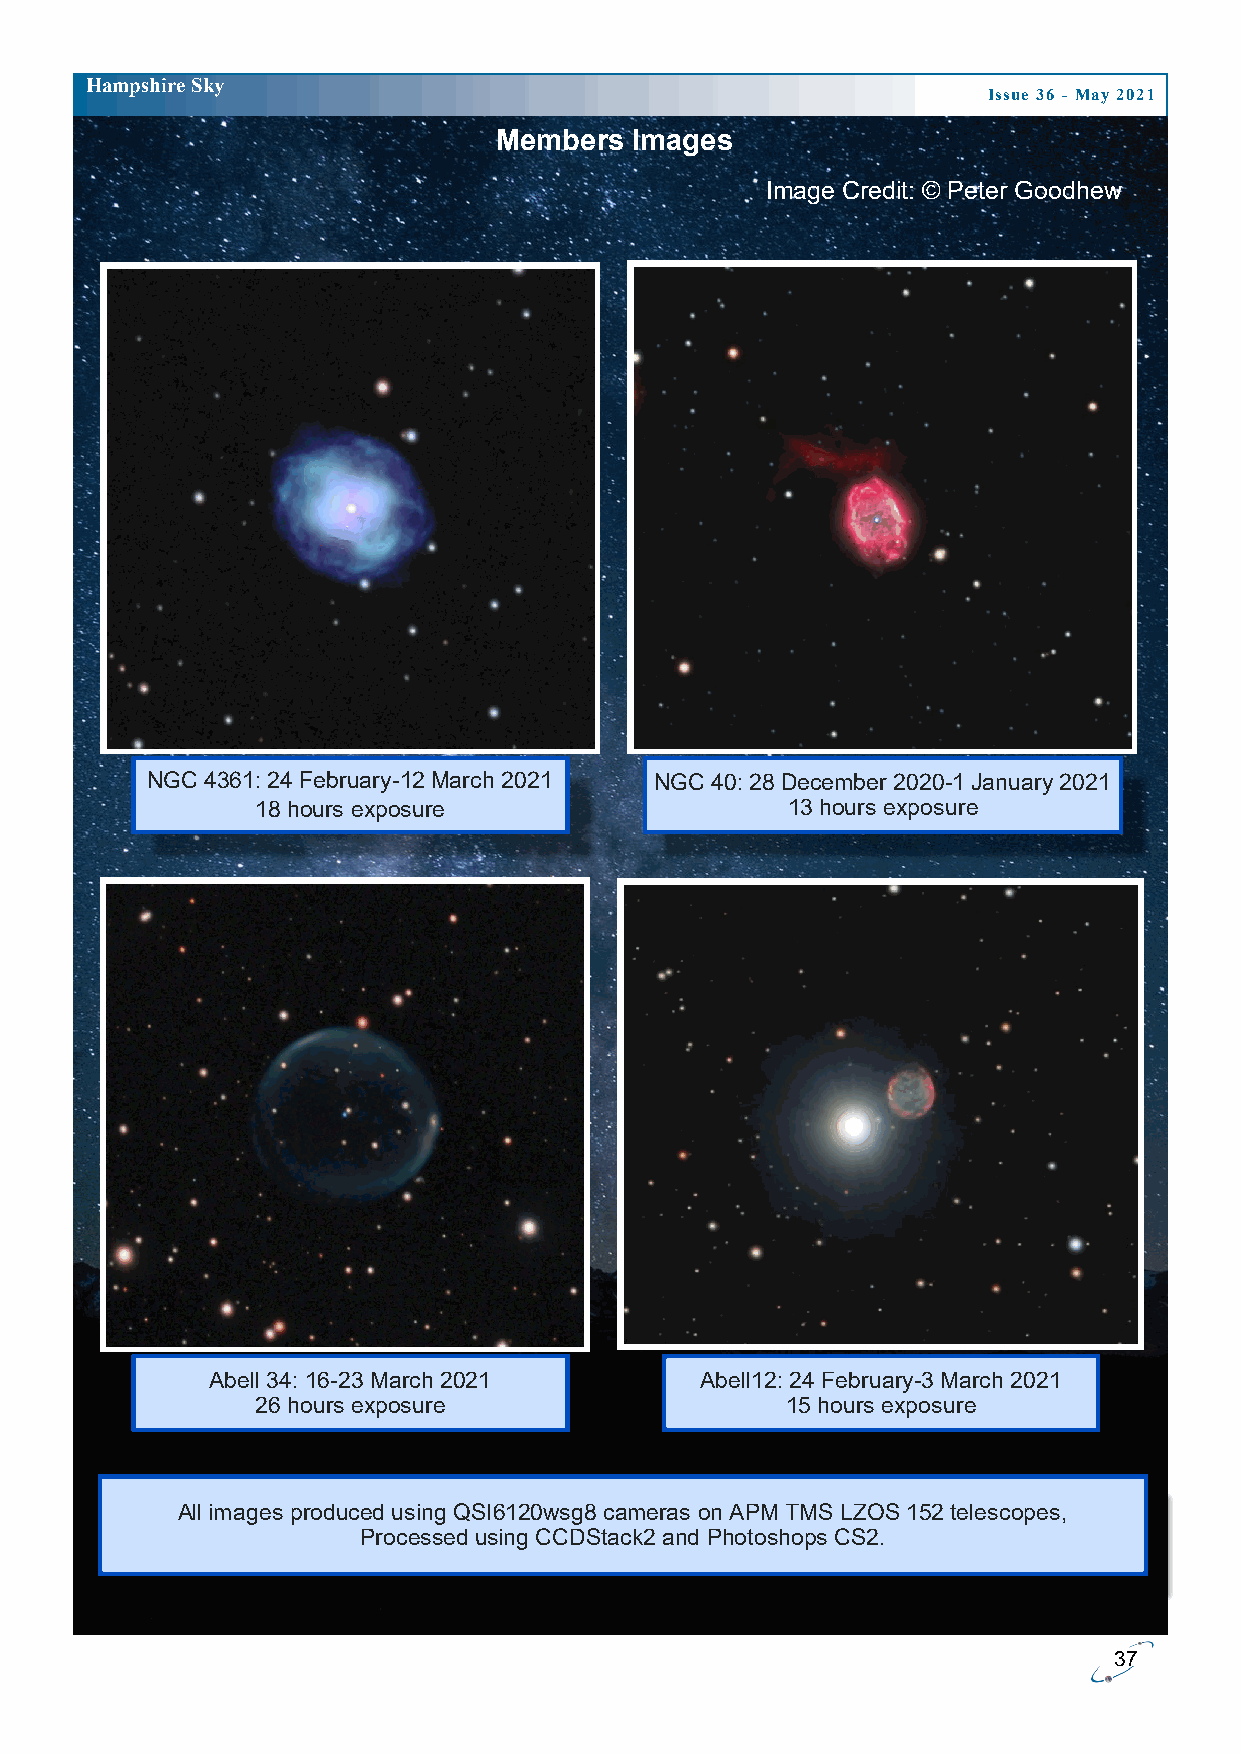
H ampshire Sky
 Issue 36 - May 2021
 Members  Images
 Image Credit: © Peter Goodhew
 NGC 4361: 24 February-12 March 2021 NGC 40: 28 December 2020-1 January 2021
 18 hours exposure                  13 hours exposure
 Abell 34: 16-23 March 2021      Abell12: 24 February-3 March 2021
 26 hours exposure                  15 hours exposure
 All images produced using QSI6120wsg8 cameras on APM TMS LZOS 152 telescopes,
 Processed using CCDStack2 and Photoshops CS2.
 37